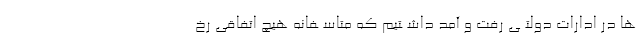
ها در ادارات دولتــى رفت و آمد داشــتیم که متاســفانه هیچ اتفاقى رخ